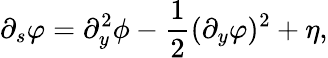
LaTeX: \partial_{s}\varphi=\partial_{y}^{2}\phi-\frac{1}{2}(\partial_{y}\varphi)^{2}+\eta,